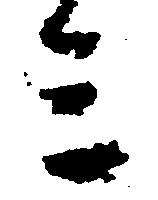
ミ